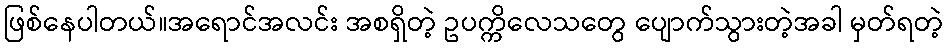
ဖြစ်နေပါတယ်။အရောင်အလင်း အစရှိတဲ့ ဥပက္ကိလေသတွေ ပျောက်သွားတဲ့အခါ မှတ်ရတဲ့